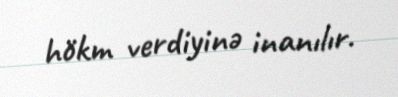
hökm verdiyinə inanılır.